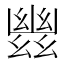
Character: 𢇑